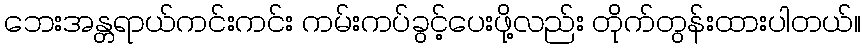
ဘေးအန္တရာယ်ကင်းကင်း ကမ်းကပ်ခွင့်ပေးဖို့လည်း တိုက်တွန်းထားပါတယ်။